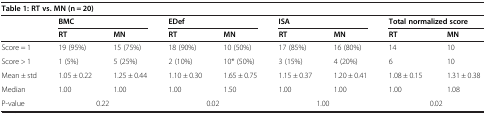
<table><thead><tr><td colspan="9"><b>Table 1: RT vs. MN (n = 20)</b></td></tr><tr><td></td><td colspan="2"><b>BMC</b></td><td colspan="2"><b>EDef</b></td><td colspan="2"><b>ISA</b></td><td colspan="2"><b>Total normalized score</b></td></tr><tr><td></td><td><b>RT</b></td><td><b>MN</b></td><td><b>RT</b></td><td><b>MN</b></td><td><b>RT</b></td><td><b>MN</b></td><td><b>RT</b></td><td><b>MN</b></td></tr></thead><tbody><tr><td>Score = 1</td><td>19 (95%)</td><td>15 (75%)</td><td>18 (90%)</td><td>10 (50%)</td><td>17 (85%)</td><td>16 (80%)</td><td>14</td><td>10</td></tr><tr><td>Score &gt; 1</td><td>1 (5%)</td><td>5 (25%)</td><td>2 (10%)</td><td>10* (50%)</td><td>3 (15%)</td><td>4 (20%)</td><td>6</td><td>10</td></tr><tr><td>Mean ± std</td><td>1.05 ± 0.22</td><td>1.25 ± 0.44</td><td>1.10 ± 0.30</td><td>1.65 ± 0.75</td><td>1.15 ± 0.37</td><td>1.20 ± 0.41</td><td>1.08 ± 0.15</td><td>1.31 ± 0.38</td></tr><tr><td>Median</td><td>1.00</td><td>1.00</td><td>1.00</td><td>1.50</td><td>1.00</td><td>1.00</td><td>1.00</td><td>1.08</td></tr><tr><td>P-value</td><td colspan="2">0.22</td><td colspan="2">0.02</td><td colspan="2">1.00</td><td colspan="2">0.02</td></tr></tbody></table>